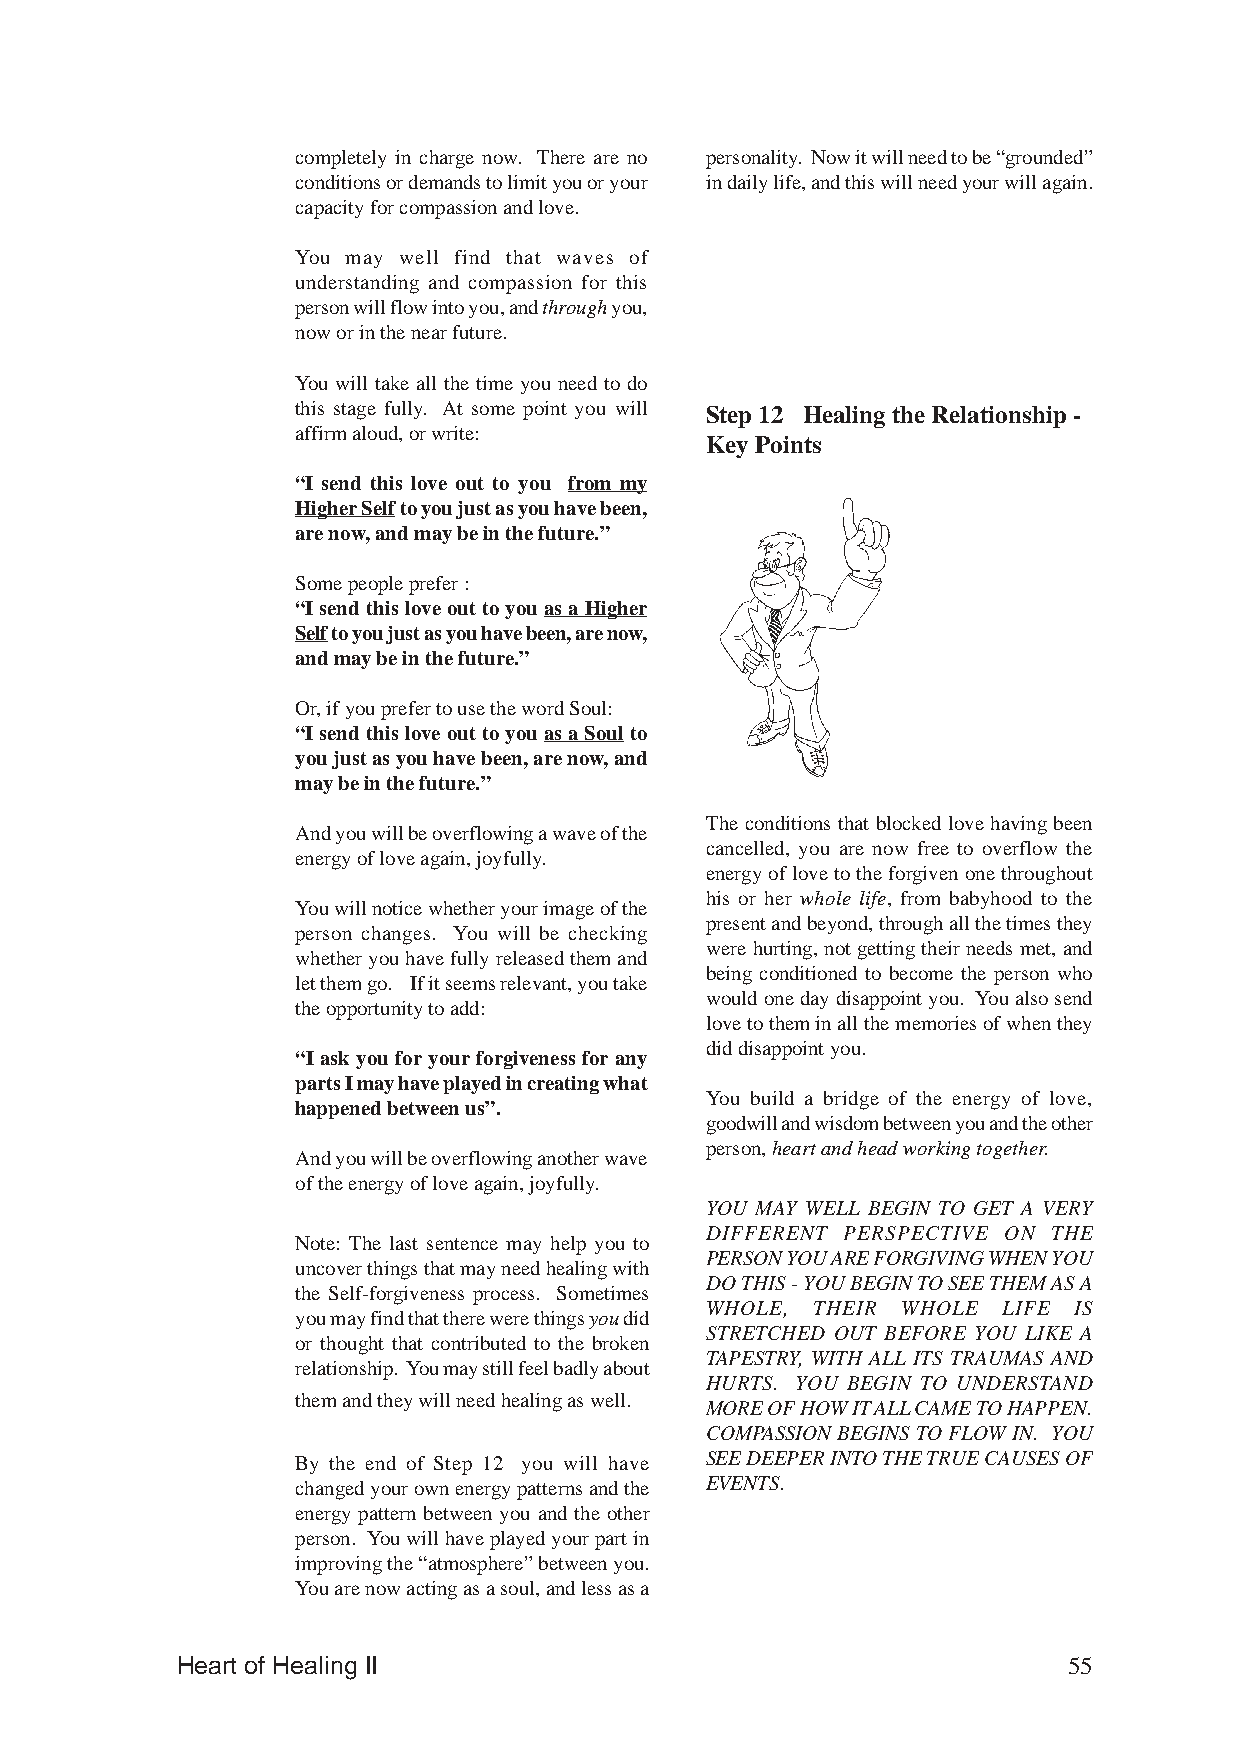
completely in charge now. There are no personality. Now it will need to be “grounded”
 conditions or demands to limit you or your in daily life, and this will need your will again.
 capacity for compassion and love.
 You may well find that waves of
 understanding and compassion for this
 person will flow into you, and through you,
 now or in the near future.
 You will take all the time you need to do
 this stage fully. At some point you will Step 12 Healing the Relationship -
 affirm aloud, or write:
 Key Points
 “I send this love out to you from my
 Higher Self to you just as you have been,
 are now, and may be in the future.”
 Some people prefer :
 “I send this love out to you as a Higher
 Self to you just as you have been, are now,
 and may be in the future.”
 Or, if you prefer to use the word Soul:
 “I send this love out to you as a Soul to
 you just as you have been, are now, and
 may be in the future.”
 The conditions that blocked love having been
 And you will be overflowing a wave of the
 cancelled, you are now free to overflow the
 energy of love again, joyfully.
 energy of love to the forgiven one throughout
 his or her whole life, from babyhood to the
 You will notice whether your image of the
 present and beyond, through all the times they
 person changes. You will be checking
 were hurting, not getting their needs met, and
 whether you have fully released them and
 being conditioned to become the person who
 let them go. If it seems relevant, you take
 would one day disappoint you. You also send
 the opportunity to add:
 love to them in all the memories of when they
 did disappoint you.
 “I ask you for your forgiveness for any
 parts I may have played in creating what
 You build a bridge of the energy of love,
 happened between us”.
 goodwill and wisdom between you and the other
 person, heart and head working together.
 And you will be overflowing another wave
 of the energy of love again, joyfully.
 YOU MAY WELL BEGIN TO GET A VERY
 DIFFERENT PERSPECTIVE ON THE
 Note: The last sentence may help you to
 PERSON YOU ARE FORGIVING WHEN YOU
 uncover things that may need healing with
 DO THIS - YOU BEGIN TO SEE THEM AS A
 the Self-forgiveness process. Sometimes
 WHOLE, THEIR WHOLE LIFE IS
 you may find that there were things you did
 STRETCHED OUT BEFORE YOU LIKE A
 or thought that contributed to the broken
 TAPESTRY, WITH ALL ITS TRAUMAS AND
 relationship. You may still feel badly about
 HURTS. YOU BEGIN TO UNDERSTAND
 them and they will need healing as well.
 MORE OF HOW IT ALL CAME TO HAPPEN.
 COMPASSION BEGINS TO FLOW IN. YOU
 By the end of Step 12 you will have SEE DEEPER INTO THE TRUE CAUSES OF
 changed your own energy patterns and the EVENTS.
 energy pattern between you and the other
 person. You will have played your part in
 improving the “atmosphere” between you.
 You are now acting as a soul, and less as a
 Heart of Healing II                                        55